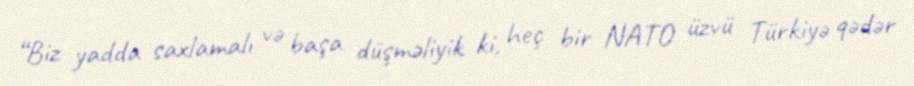
“Biz yadda saxlamalı və başa düşməliyik ki, heç bir NATO üzvü Türkiyə qədər